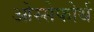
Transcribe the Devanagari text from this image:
ओस्सेफोर्थ